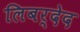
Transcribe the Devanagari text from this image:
लिबर्देद